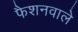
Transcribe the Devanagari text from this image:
फैशनवाले